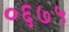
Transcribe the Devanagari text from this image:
०६७५